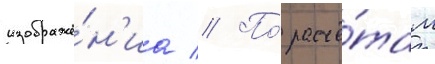
изображе́н'иа // По́ расчё́там